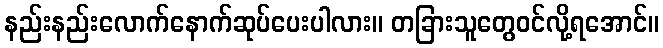
နည်းနည်းလောက်နောက်ဆုပ်ပေးပါလား။ တခြားသူတွေဝင်လို့ရအောင်။